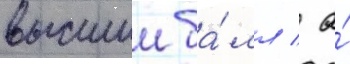
высшии ба́лл / а́